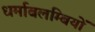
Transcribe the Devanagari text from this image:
धर्माबलम्बियों